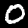
Label: 0